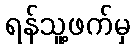
ရန်သူ့ဖက်မှ